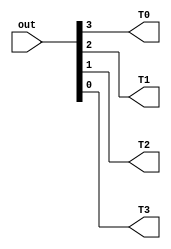
module bustowire(out, T0, T1, T2, T3);

input [3:0] out;
output T0;
output T1;
output T2;
output T3;


assign T3 = out[0];
assign T2 = out[1];
assign T1 = out[2];
assign T0 = out[3];

endmodule